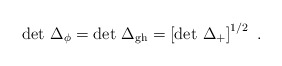
\begin{align*}\det \, \Delta_{\phi} = \det \, \Delta_{\rm gh}= \left[ \det \, \Delta_+ \right]^{1/2}\ .\end{align*}